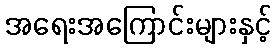
အရေးအကြောင်းများနှင့်